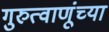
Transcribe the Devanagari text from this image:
गुरुत्वाणूंच्या